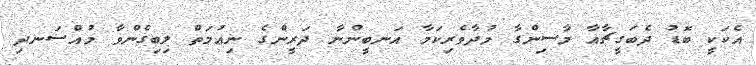
އެކަކީ ބޮޑު ދެބަގީޗާއާ މާސިންގާ މުދާވެރިކަމާ އަނބީންނާ ދަރީންގެ ނިޢުމަތް ލިބިގެންވާ މުއްސަނދި